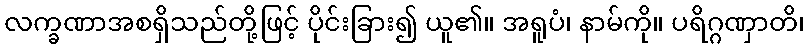
လက္ခဏာအစရှိသည်တို့ဖြင့် ပိုင်းခြား၍ ယူ၏။ အရူပံ၊ နာမ်ကို။ ပရိဂ္ဂဏှာတိ၊